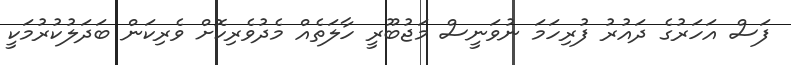
ފަސް އަހަރުގެ ދައުރު ފުރިހަމަ ނުވަނީސް މަޖުބޫރީ ހާލަތެއް މެދުވެރިކޮށް ވެރިކަން ބަދަލުކުރުމަކީ